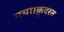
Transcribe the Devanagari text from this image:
गया।क़ुदरत